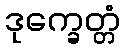
ဒုက္ခေတ္တံ